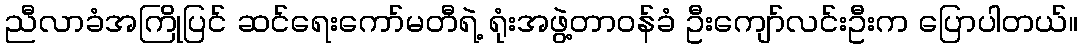
ညီလာခံအကြိုပြင် ဆင်ရေးကော်မတီရဲ့ ရုံးအဖွဲ့တာဝန်ခံ ဦးကျော်လင်းဦးက ပြောပါတယ်။